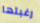
رغبتها